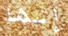
إنها